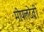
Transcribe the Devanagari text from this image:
मोपलदेवी